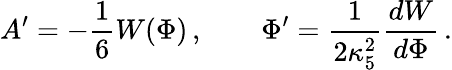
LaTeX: A^{\prime}=-{\frac{1}{6}}W(\Phi)\, ,\qquad\Phi^{\prime}={\frac{1}{2\kappa_{5}^{2}}}{\frac{dW}{d\Phi}}\, .